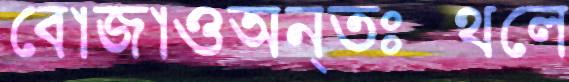
বোজাওঅন্তঃস্থলে